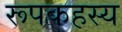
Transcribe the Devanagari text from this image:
रूपकहस्य